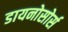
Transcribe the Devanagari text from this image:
डायनोसोर्स